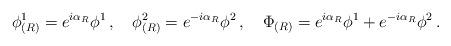
LaTeX: \begin{align*}\phi^1_{(R)} = e^{i\alpha_R}\phi^1\,,\quad \phi^2_{(R)} = e^{-i\alpha_R}\phi^2\,,\quad \Phi_{(R)} = e^{i\alpha_R}\phi^1 + e^{-i\alpha_R}\phi^2\,.\end{align*}